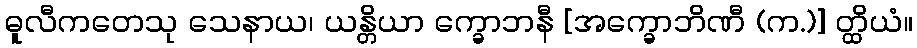
ဓူလီကတေသု သေနာယ၊ ယန္တိယာ က္ခောဘနီ [အက္ခောဘိဏီ (က.)] တ္ထိယံ။